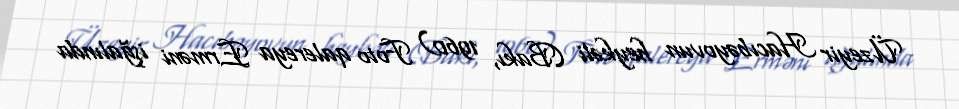
Üzeyir Hacıbəyovun heykəli (Bakı, 1960) Foto qalereya Erməni işğalında